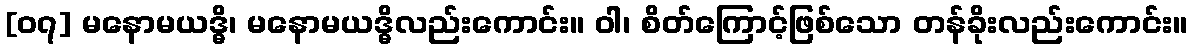
[၀၇] မနောမယဒ္ဓိ၊ မနောမယဒ္ဓိလည်းကောင်း။ ဝါ၊ စိတ်ကြောင့်ဖြစ်သော တန်ခိုးလည်းကောင်း။